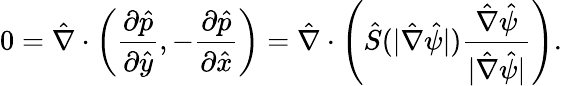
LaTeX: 0=\hat{\mathbf{\nabla}}\cdot\left(\frac{\partial\hat{p}}{\partial\hat{y}},-\frac{\partial\hat{p}}{\partial\hat{x}}\right)=\hat{\mathbf{\nabla}}\cdot\left(\hat{S}(|\hat{\nabla}\hat{\psi}|)\frac{\hat{\nabla}\hat{\psi}}{|\hat{\nabla}\hat{\psi}|}\right).